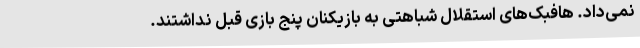
نمی‌داد. هافبک‌های استقلال شباهتی به بازیکنان پنج بازی قبل نداشتند.